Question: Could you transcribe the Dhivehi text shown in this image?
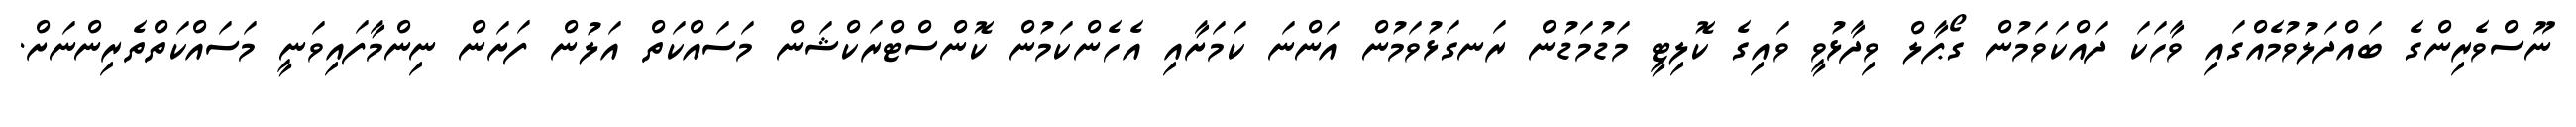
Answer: ނޫސްވެރިންގެ ބައްދަލުވުމެއްގައި ވާހަކަ ދައްކަވަމުން ގޯޕާލް ވިދާޅުވީ ވައިގެ ކޮލިޓީ މަޑުމަޑުން ރަނގަޅުވަމުން އަންނަ ކަމަށާއި އެހެންކަމުން ކޮންސްޓްރަކްޝަން މަސައްކަތް އަލުން ފަށަން ނިންމާފައިވަނީ މަސައްކަތްތެރިންނަށް.